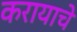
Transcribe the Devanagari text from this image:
करायाचे